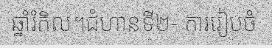
ឆ្នាំរំកិល។ជំហានទី២- ការរៀបចំ